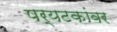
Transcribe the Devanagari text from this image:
पर्यटकांवर